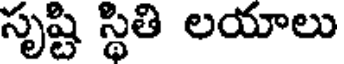
సృష్టి స్థితి లయాలు